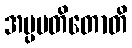
အပ္ပပတိတောတိ